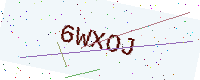
Text: 6WXOJ